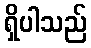
ရှိပါသည်